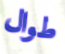
طوال